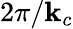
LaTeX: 2\pi/\mathbf{k}_{c}